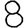
Digit: 8